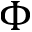
\Phi